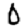
Digit: 0